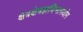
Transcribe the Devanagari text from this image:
क्षेत्रक्षेत्रज्ञविभागयोग